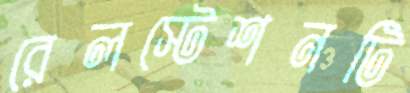
রেলস্টেশনটি